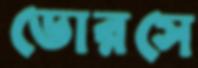
ডোরসে